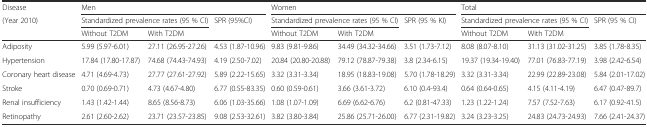
<table><thead><tr><td><b>Disease</b></td><td colspan="3"><b>Men</b></td><td colspan="3"><b>Women</b></td><td colspan="3"><b>Total</b></td></tr><tr><td rowspan="2"><b>(Year 2010)</b></td><td colspan="2"><b>Standardized prevalence rates (95 % CI)</b></td><td><b>SPR (95%CI)</b></td><td colspan="2"><b>Standardized prevalence rates (95 % CI)</b></td><td><b>SPR (95 % KI)</b></td><td colspan="2"><b>Standardized prevalence rates (95 % CI)</b></td><td><b>SPR (95 % CI)</b></td></tr><tr><td><b>Without T2DM</b></td><td><b>With T2DM</b></td><td></td><td><b>Without T2DM</b></td><td><b>With T2DM</b></td><td></td><td><b>Without T2DM</b></td><td><b>With T2DM</b></td><td></td></tr></thead><tbody><tr><td>Adiposity</td><td>5.99 (5.97-6.01)</td><td>27.11 (26.95-27.26)</td><td>4.53 (1.87-10.96)</td><td>9.83 (9.81-9.86)</td><td>34.49 (34.32-34.66)</td><td>3.51 (1.73-7.12)</td><td>8.08 (8.07-8.10)</td><td>31.13 (31.02-31.25)</td><td>3.85 (1.78-8.35)</td></tr><tr><td>Hypertension</td><td>17.84 (17.80-17.87)</td><td>74.68 (74.43-74.93)</td><td>4.19 (2.50-7.02)</td><td>20.84 (20.80-20.88)</td><td>79.12 (78.87-79.38)</td><td>3.8 (2.34-6.15)</td><td>19.37 (19.34-19.40)</td><td>77.01 (76.83-77.19)</td><td>3.98 (2.42-6.54)</td></tr><tr><td>Coronary heart disease</td><td>4.71 (4.69-4.73)</td><td>27.77 (27.61-27.92)</td><td>5.89 (2.22-15.65)</td><td>3.32 (3.31-3.34)</td><td>18.95 (18.83-19.08)</td><td>5.70 (1.78-18.29)</td><td>3.32 (3.31-3.34)</td><td>22.99 (22.89-23.08)</td><td>5.84 (2.01-17.02)</td></tr><tr><td>Stroke</td><td>0.70 (0.69-0.71)</td><td>4.73 (4.67-4.80)</td><td>6.77 (0.55-83.35)</td><td>0.60 (0.59-0.61)</td><td>3.66 (3.61-3.72)</td><td>6.10 (0.4-93.4)</td><td>0.64 (0.64-0.65)</td><td>4.15 (4.11-4.19)</td><td>6.47 (0.47-89.7)</td></tr><tr><td>Renal insufficiency</td><td>1.43 (1.42-1.44)</td><td>8.65 (8.56-8.73)</td><td>6.06 (1.03-35.66)</td><td>1.08 (1.07-1.09)</td><td>6.69 (6.62-6.76)</td><td>6.2 (0.81-47.33)</td><td>1.23 (1.22-1.24)</td><td>7.57 (7.52-7.63)</td><td>6.17 (0.92-41.5)</td></tr><tr><td>Retinopathy</td><td>2.61 (2.60-2.62)</td><td>23.71 (23.57-23.85)</td><td>9.08 (2.53-32.61)</td><td>3.82 (3.80-3.84)</td><td>25.86 (25.71-26.00)</td><td>6.77 (2.31-19.82)</td><td>3.24 (3.23-3.25)</td><td>24.83 (24.73-24.93)</td><td>7.66 (2.41-24.37)</td></tr></tbody></table>